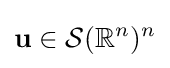
\mathbf {u} \in {\mathcal {S}}(\mathbb {R} ^{n})^{n}